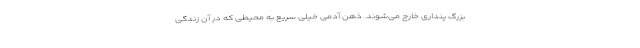
بزرگ پنداری خارج می­‌شوند. ذهنِ آدمی خیلی سریع به محیطی که در آن زندگی